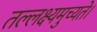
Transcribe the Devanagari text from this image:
तल्लक्ष्यमुच्यते।